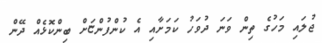
ޖުލައި މަހުގެ ތިން ވަނަ ދުވަހު ކަމަށާއި އެ ކުންފުންޏަށް ބިންކޮޅެއް ދޭން